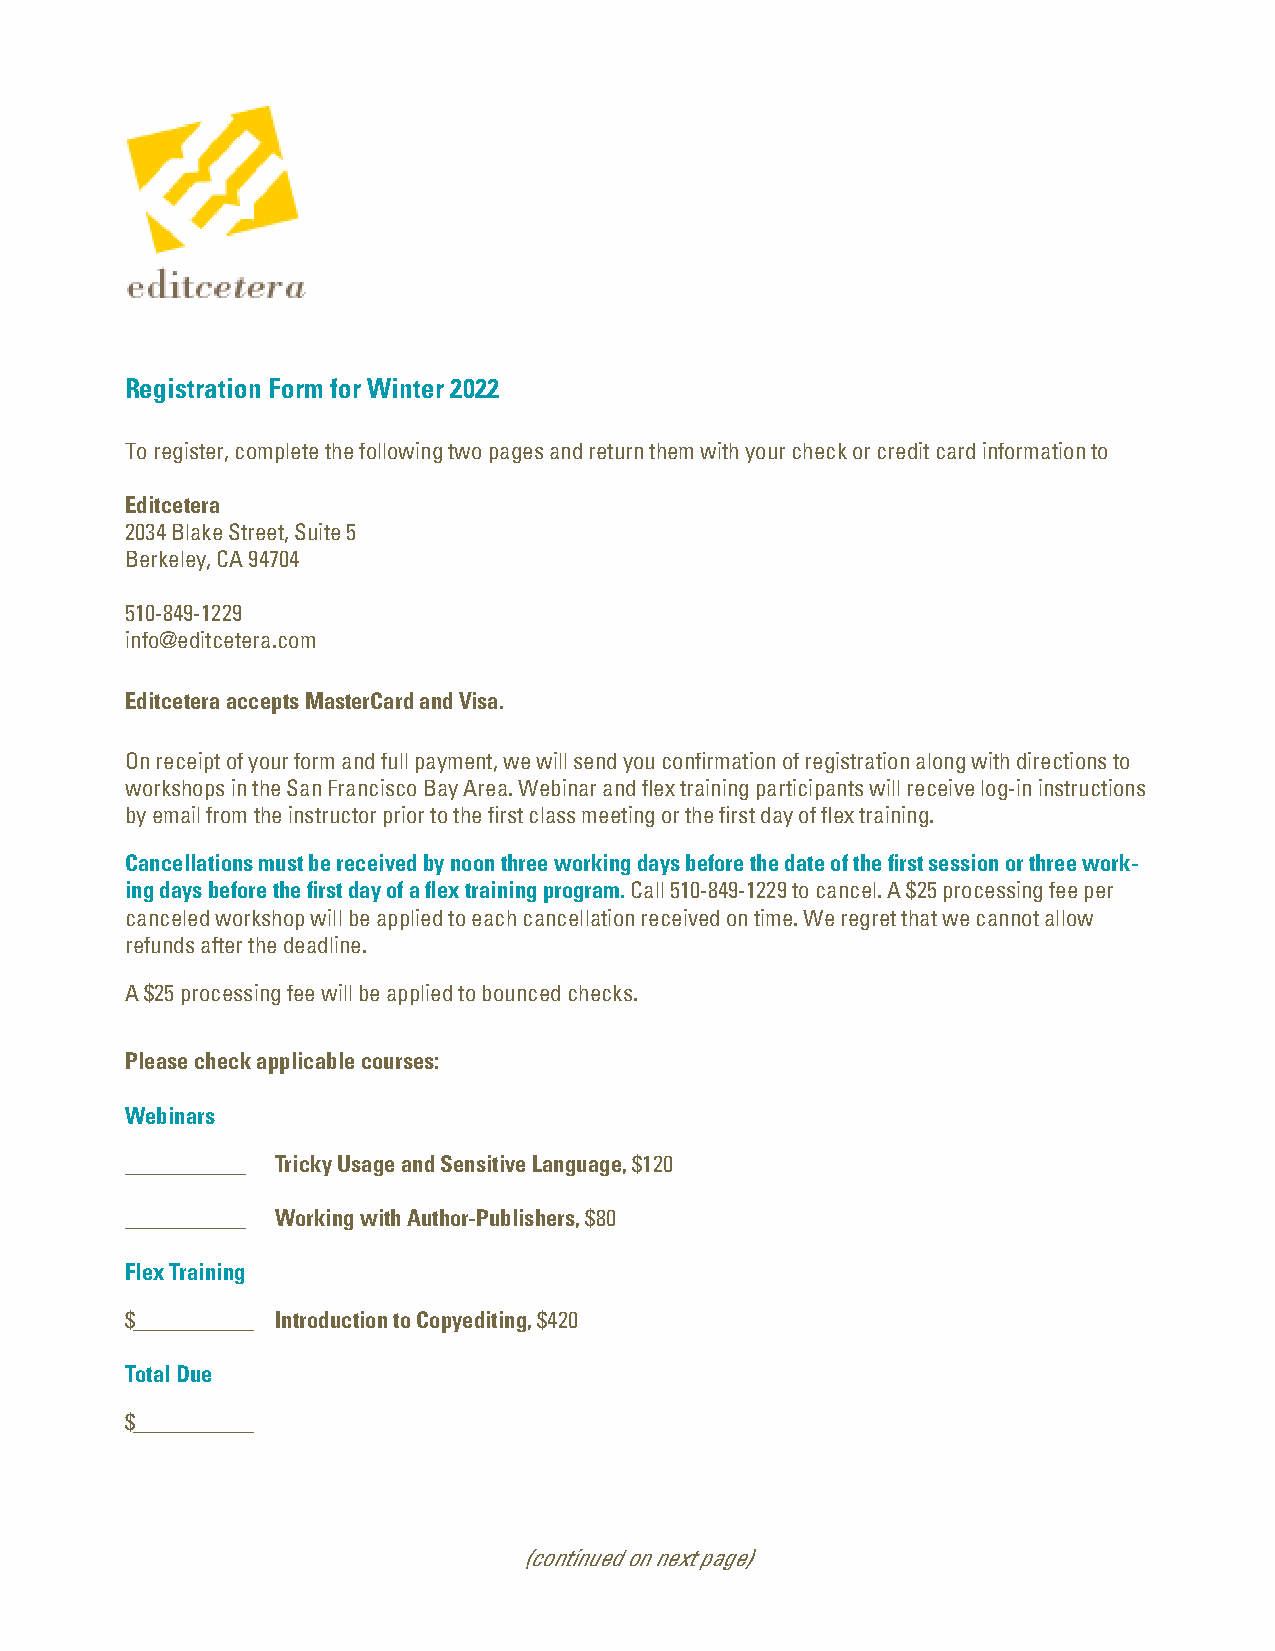
Registration Form for Winter 2022
 To register, complete the following two pages and return them with your check or credit card information to
 Editcetera
 2034 Blake Street, Suite 5
 Berkeley, CA 94704
 510-849-1229
 info@editcetera.com
 Editcetera accepts MasterCard and Visa.
 On receipt of your form and full payment, we will send you confirmation of registration along with directions to
 workshops in the San Francisco Bay Area. Webinar and flex training participants will receive log-in instructions
 by email from the instructor prior to the first class meeting or the first day of flex training.
 Cancellations must be received by noon three working days before the date of the first session or three work-
 ing days before the first day of a flex training program. Call 510-849-1229 to cancel. A $25 processing fee per
 canceled workshop will be applied to each cancellation received on time. We regret that we cannot allow
 refunds after the deadline.
 A $25 processing fee will be applied to bounced checks.
 Please check applicable courses:
 Webinars
 _____________ Tricky Usage and Sensitive Language, $120
 _____________ Working with Author-Publishers, $80
 Flex Training
 $_____________ Introduction to Copyediting, $420
 Total Due
 $_____________
 (continued on next page)